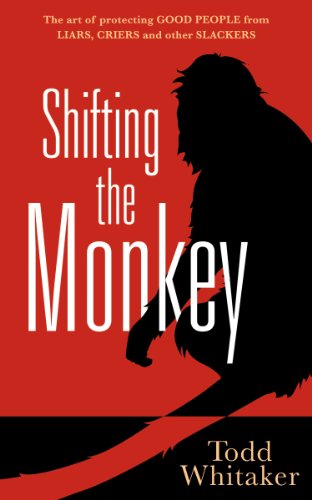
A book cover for Shifting the Monkey: The Art of Protecting Good People From Liars, Criers, and Other Slackers - a book on school leadership and teacher performance; Todd Whitaker; Business & Money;